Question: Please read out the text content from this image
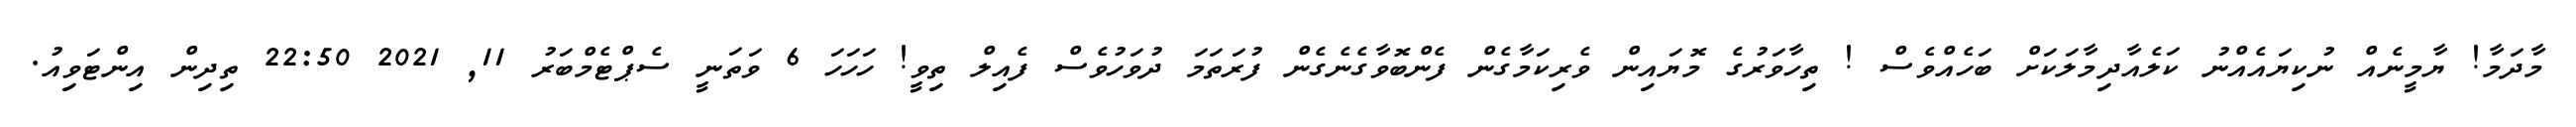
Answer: މާދަމާ! ޔާމީނެއް ނުކިޔައެއްނު ކަލެއާދިމާލަކަށް ބަހެއްވެސް ! ތިހާވަރުގެ މޮޔައިން ވެރިކަމާގެން ފެންބޮވާގެނެގެން ފުރަތަމަ ދުވަހުވެސް ފެއިލް ތިވީ! ހަހަހަ 6 ވަތަނީ ސެޕްޓެމްބަރު 11, 2021 22:50 ތިދިން އިންޓަވިއު.